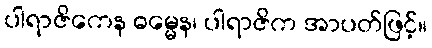
ပါရာဇိကေန ဓမ္မေန၊ ပါရာဇိက အာပတ်ဖြင့်။